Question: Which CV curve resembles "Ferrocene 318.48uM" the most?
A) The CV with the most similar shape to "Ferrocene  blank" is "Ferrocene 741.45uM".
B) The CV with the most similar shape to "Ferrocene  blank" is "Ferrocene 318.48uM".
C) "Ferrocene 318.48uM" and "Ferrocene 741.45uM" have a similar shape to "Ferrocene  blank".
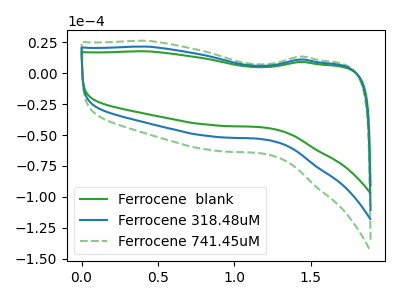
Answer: <think>The green curve "Ferrocene  blank" has no peaks. The blue curve "Ferrocene 318.48uM" has no peaks. The green dashed curve "Ferrocene 741.45uM" has no peaks.
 Neither "Ferrocene  blank" or "Ferrocene 318.48uM" have any peaks. Neither "Ferrocene  blank" or "Ferrocene 741.45uM" have any peaks. Neither "Ferrocene 318.48uM" or "Ferrocene 741.45uM" have any peaks.</think>
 <answer>C) "Ferrocene 318.48uM" and "Ferrocene 741.45uM" have a similar shape to "Ferrocene  blank".</answer>
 <eval>C</eval>